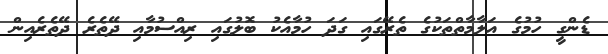
ޑެންގީ ހުމުގެ އަލާމާތްތަކުގެ ތެރޭގައި ގަދަ ހުމާއެކު ބޮލުގައި ރިއްސުމާއި ދޭތެރެ ދޭތެރެއިން